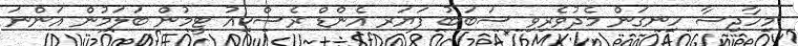
މިހާދިސާ ހިނގަން މެދުވެރިވި ސަބަބު ފަޔަރ އެންޑް ރެސްކިއު ޓީމުން ބަލަމުން އަންނަ